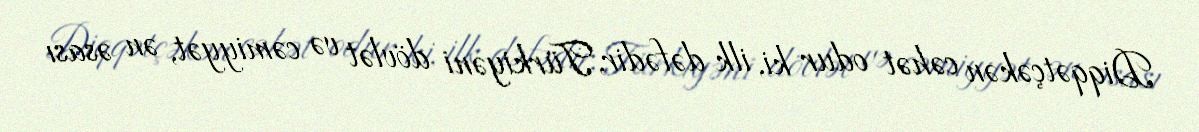
Diqqətçəkən cəhət odur ki, ilk dəfədir, Türkiyəni dövlət və cəmiyyət, ən əsası